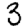
Digit: 3